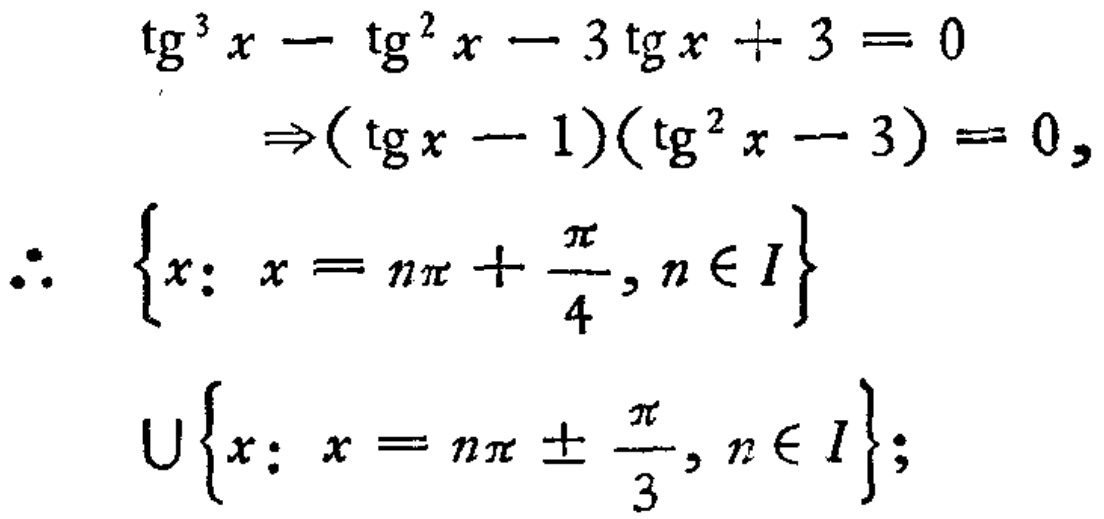
\[\begin{align*}
\mathrm{tg}^{3}x - \mathrm{tg}^{2}x - 3\mathrm{tg}x + 3 &= 0\\
\Rightarrow(\mathrm{tg}x - 1)(\mathrm{tg}^{2}x - 3) &= 0,\\
\therefore\ \{x: x &= n\pi+\frac{\pi}{4}, n\in I\}\\
\cup\{x: x &= n\pi\pm\frac{\pi}{3}, n\in I\};
\end{align*}\]